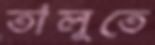
তালুতে